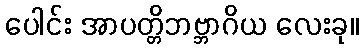
ပေါင်း အာပတ္တိဘဗ္ဘာဂိယ လေးခု။